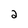
Character: 2